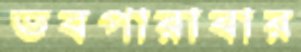
ভবপারাবার